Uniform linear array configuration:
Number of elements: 24
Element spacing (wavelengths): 0.5
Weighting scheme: hamming
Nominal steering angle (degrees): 45
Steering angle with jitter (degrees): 44.719
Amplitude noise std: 0.05
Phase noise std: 0.05

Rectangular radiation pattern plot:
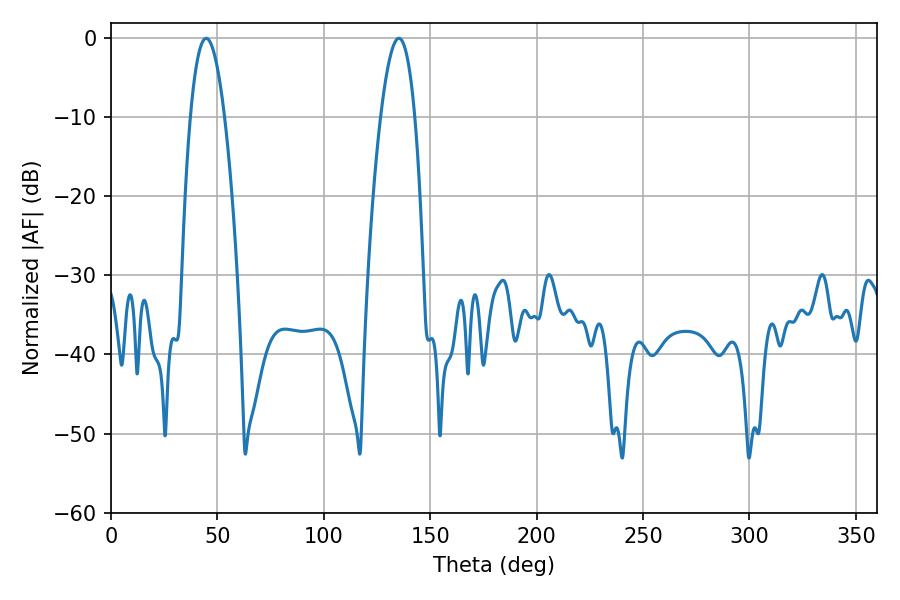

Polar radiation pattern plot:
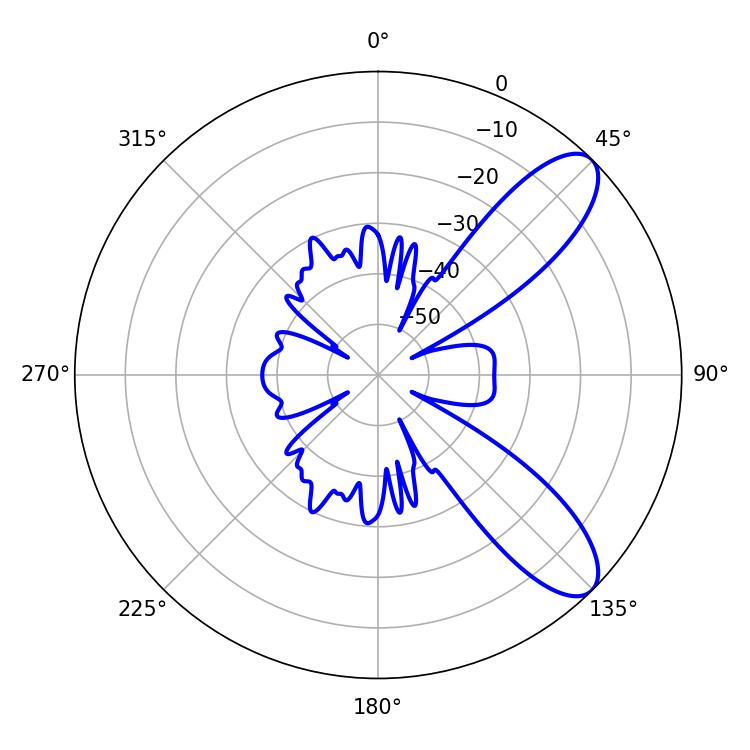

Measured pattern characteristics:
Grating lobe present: FALSE
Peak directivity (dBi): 9.314
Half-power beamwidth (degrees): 8.82
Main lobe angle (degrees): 44.64